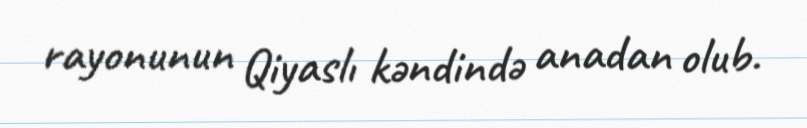
rayonunun Qiyaslı kəndində anadan olub.